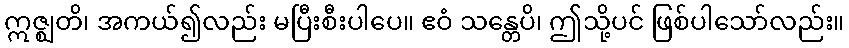
ဣဇ္ဈတိ၊ အကယ်၍လည်း မပြီးစီးပါပေ။ ဧဝံ သန္တေပိ၊ ဤသို့ပင် ဖြစ်ပါသော်လည်း။